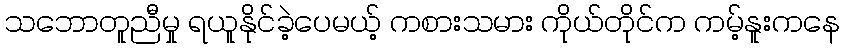
သဘောတူညီမှု ရယူနိုင်ခဲ့ပေမယ့် ကစားသမား ကိုယ်တိုင်က ကမ့်နူးကနေ